Vaccination report Assam 1874-1896 - 1874-1896
Year: 1874
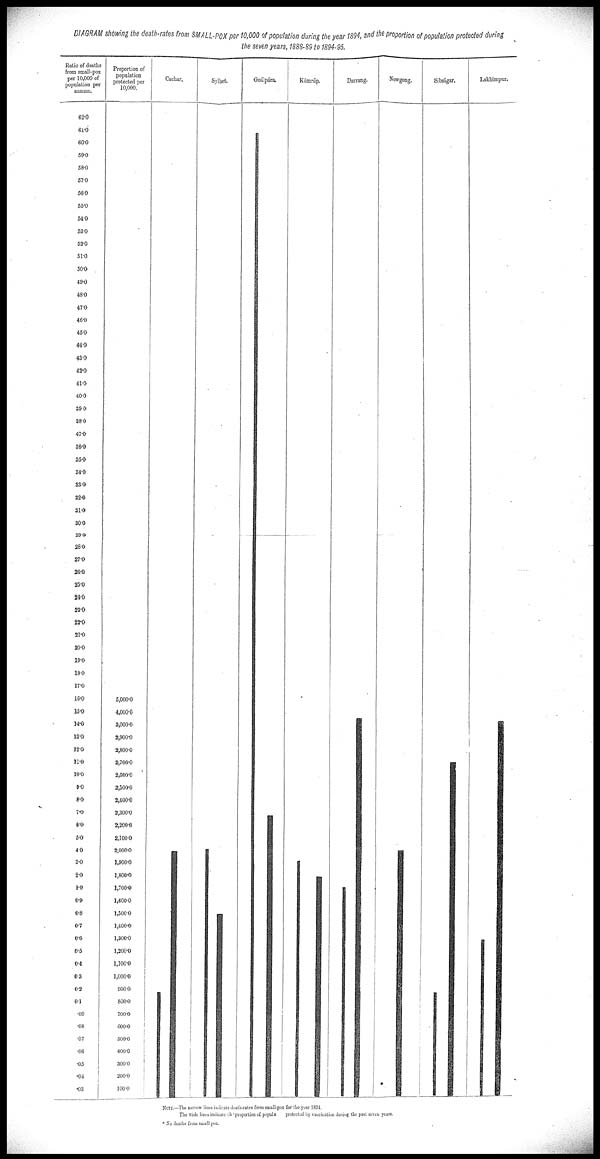
DIAGRAM showing the death-rates from SMALL-POX per 10,000 of population during the year 1894, and the proportion of population protected during
the seven years, 1888-89 to 1894-95.
NOTE*.—The narrow lines indicate death-rates from small-pox for the year 1894.
The wide lines indicate the proportion of population protected by vaccination during the past seven years.
* No deaths from small pox.